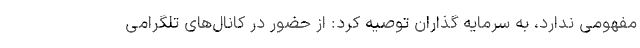
مفهومی ندارد، به سرمایه گذاران توصیه کرد: از حضور در کانال‌های تلگرامی